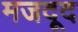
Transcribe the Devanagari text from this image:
मजदूद